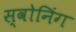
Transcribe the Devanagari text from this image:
स्वोनिंग